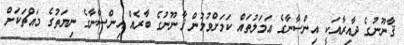
ޤާނޫނުގެ ދާއިރާއަކީ އިންސާނާގެ ޢަމަލުތައް ކަމަށްވުމުން ޤާނޫނުގެ ބާރެއް އިންސާނާގެ ނިޔަތުގެ މައްޗަކަށް